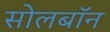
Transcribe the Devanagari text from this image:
सोलबॉन